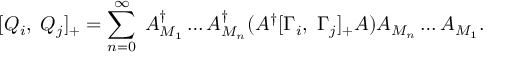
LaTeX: [ Q _ { i } , \; Q _ { j } ] _ { + } = \sum _ { n = 0 } ^ { \infty } \; A _ { M _ { 1 } } ^ { \dagger } \ldots A _ { M _ { n } } ^ { \dagger } ( A ^ { \dagger } [ \Gamma _ { i } , \; \Gamma _ { j } ] _ { + } A ) A _ { M _ { n } } \ldots A _ { M _ { 1 } } .